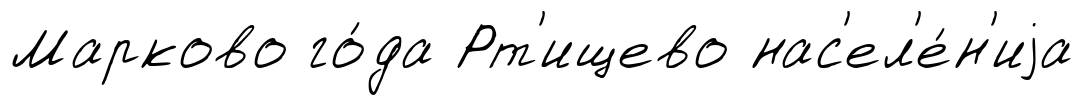
Марково го́да Рт'ищево нас'ел'е́н'иjа